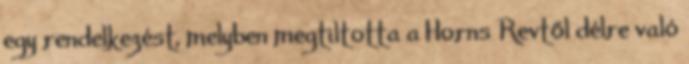
egy rendelkezést, melyben megtiltotta a Horns Revtől délre való